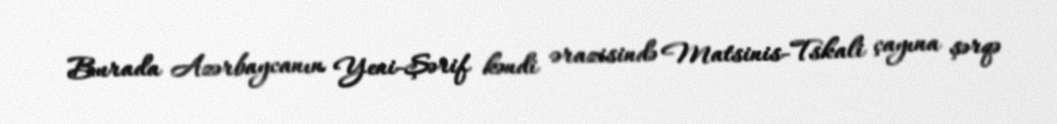
Burada Azərbaycanın Yeni-Şərif kəndi ərazisində Matsinis-Tskali çayına şərqə